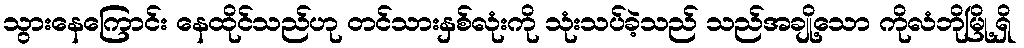
သွားနေကြောင်း နေထိုင်သည်ဟု တင်သားနှစ်လုံးကို သုံးသပ်ခဲ့သည် သည်အချို့သော ကိုလံဘိုမြို့ရှိ